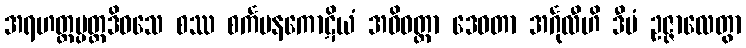
အရဟတ္တပ္ပတ္တဒိဝသေ စဿ စင်္ကမနကောဋိယံ အဓိဝတ္ထာ ဒေဝတာ အင်္ဂုလီဟိ ဒီပံ ဥဇ္ဇာလေတွာ